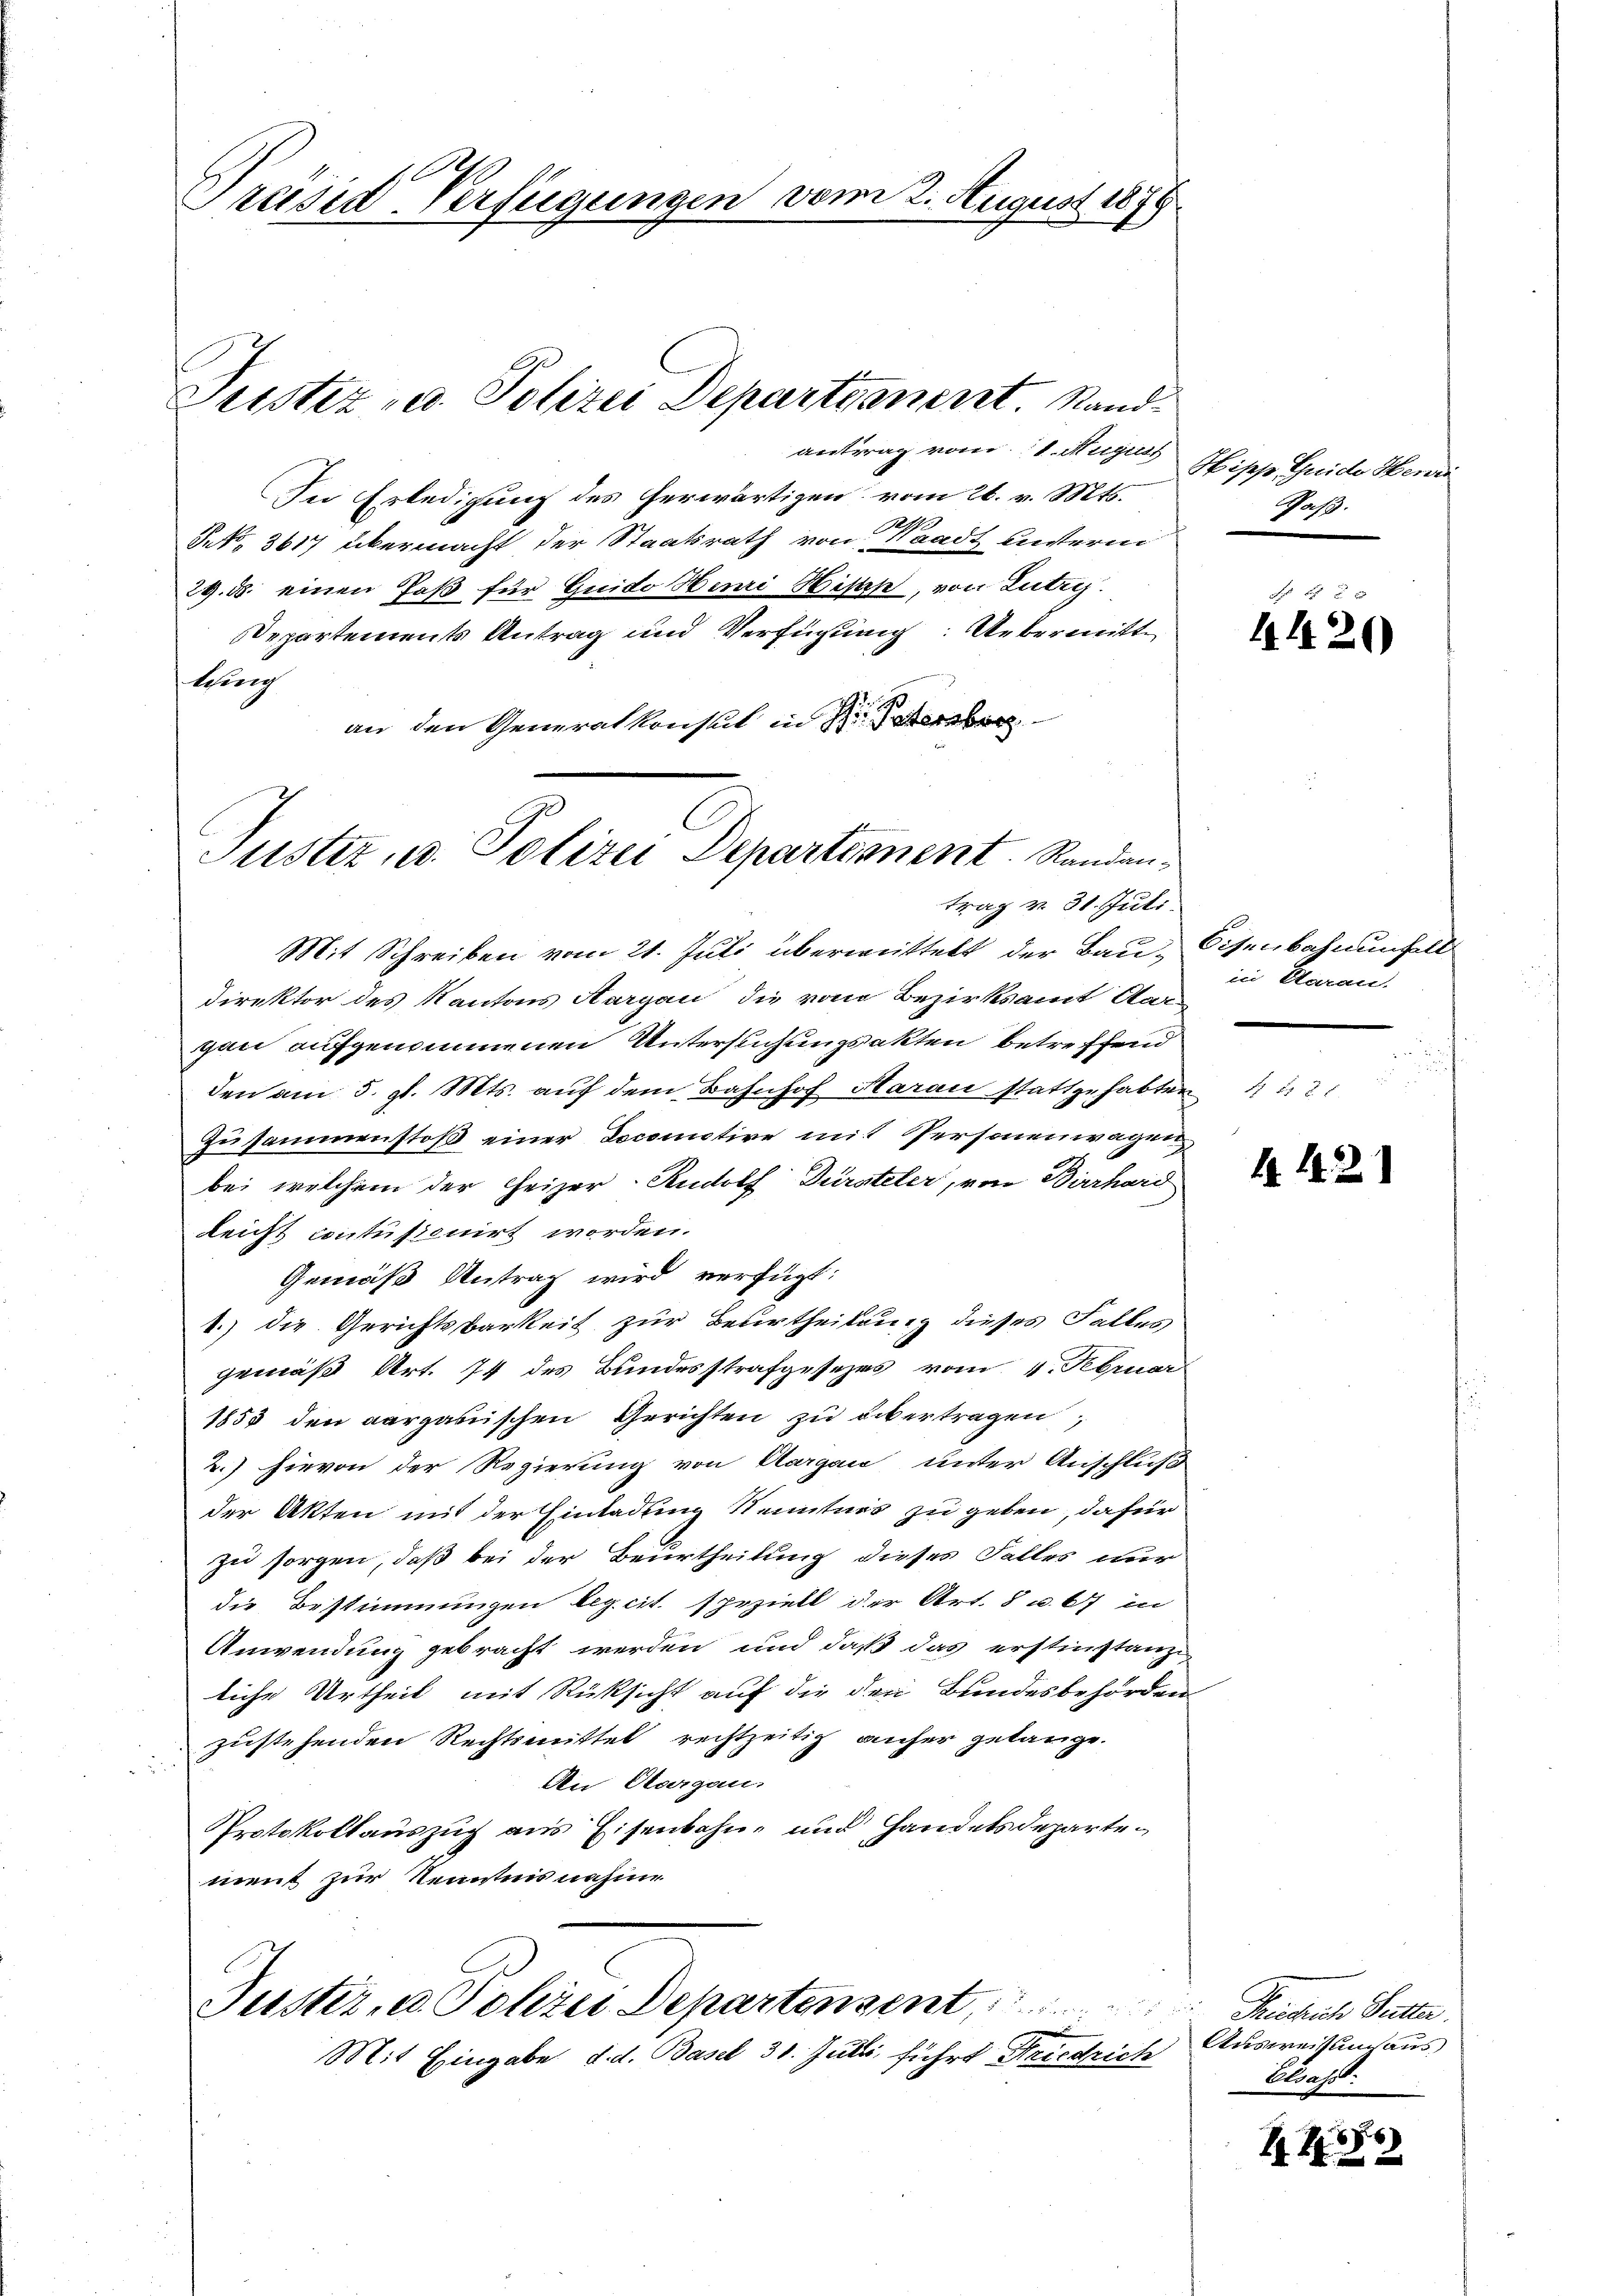
Präsid-Verfügungen vom 2. August 1876

Justiz u. Polizei Departanent. Sand¬

antrag vom 11. August
In Erledigung des herwärtigen vom 26. v. Mts.
S.No. 3617 übermacht der Staatsrath von Waadt unterm
29. ds. einen Paß für Guido Henri Wisses, von Lutry.
Departements Antrag und Verfügung: Uebermitt
Schri
an den Generalkonsul in der

Justiz, u. Polizei Departement. Randantrag v. 31. Juli.

Mit Schreiben vom 21. Juli überwittelt der Bau, Eisenbahnungell
Direktor des Kantons Aargau die vom Bezirksamt Aar-
gau aufgenommenen Untersuchungsakten betreffend
den am 5. gl. Mts. auf dem Bahnhof Harau stattgehabten
Zusammenstoß einer Docomotive mit Personenwagen
bei welchem der Heizer-Rudolf Dürsteler, von Birrhard
Reicht contusionirt worden.
Gemäß Antrag wird verfügt:
1.) die Gerichtsbarkeit zur Beurtheilung dieses Falles
gemäß Art. 74 des Bundesstrafgesezes vom 4. Februar
1855 den aargauischen Gerichten zu übertragen,
2.) Hievon der Regierung von Aargau unter Anschluß
der Akten mit der Einladung Kenntnis zu geben, dafür
zu sorgen, daß bei der Beurtheilung dieses Falles nur
die Bestimmungen begeit speziell der Art. 8 u. 67 in
Anwendung gebracht werden und daß das erstinstanzi
liche Urtheil mit Rücksicht auf die der Bundesbehörden
zustehenden Rechtsmittel rechtzeitig anher gelange.
An Aargau,
Protokollauszug aus Eisenbahn- und Handelsdepartement zur Kenntnisnahme

Justiz, u. Polizei Departenzent,
Mit Eingabe, d. d. Basel 31. Julii führt Friedrich

Mogge Heute kant.
Jas.

in Daran.
u

4420

1 442

Friedrich Sutter.
Ausweisung aus
Elsass.

8
44